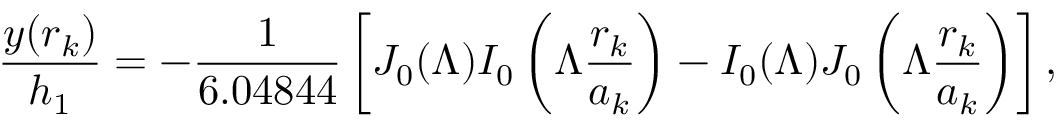
\frac { y ( r _ { k } ) } { h _ { 1 } } = - \frac { 1 } { 6 . 0 4 8 4 4 } \left[ J _ { 0 } ( \Lambda ) I _ { 0 } \left( \Lambda \frac { r _ { k } } { a _ { k } } \right) - I _ { 0 } ( \Lambda ) J _ { 0 } \left( \Lambda \frac { r _ { k } } { a _ { k } } \right) \right] ,